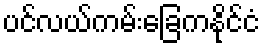
ပင်လယ်ကမ်းခြေကနိုင်ငံ